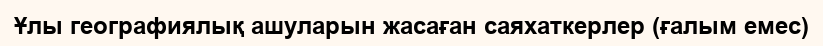
Ұлы географиялық ашуларын жасаған саяхаткерлер (ғалым емес)